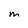
Character: M